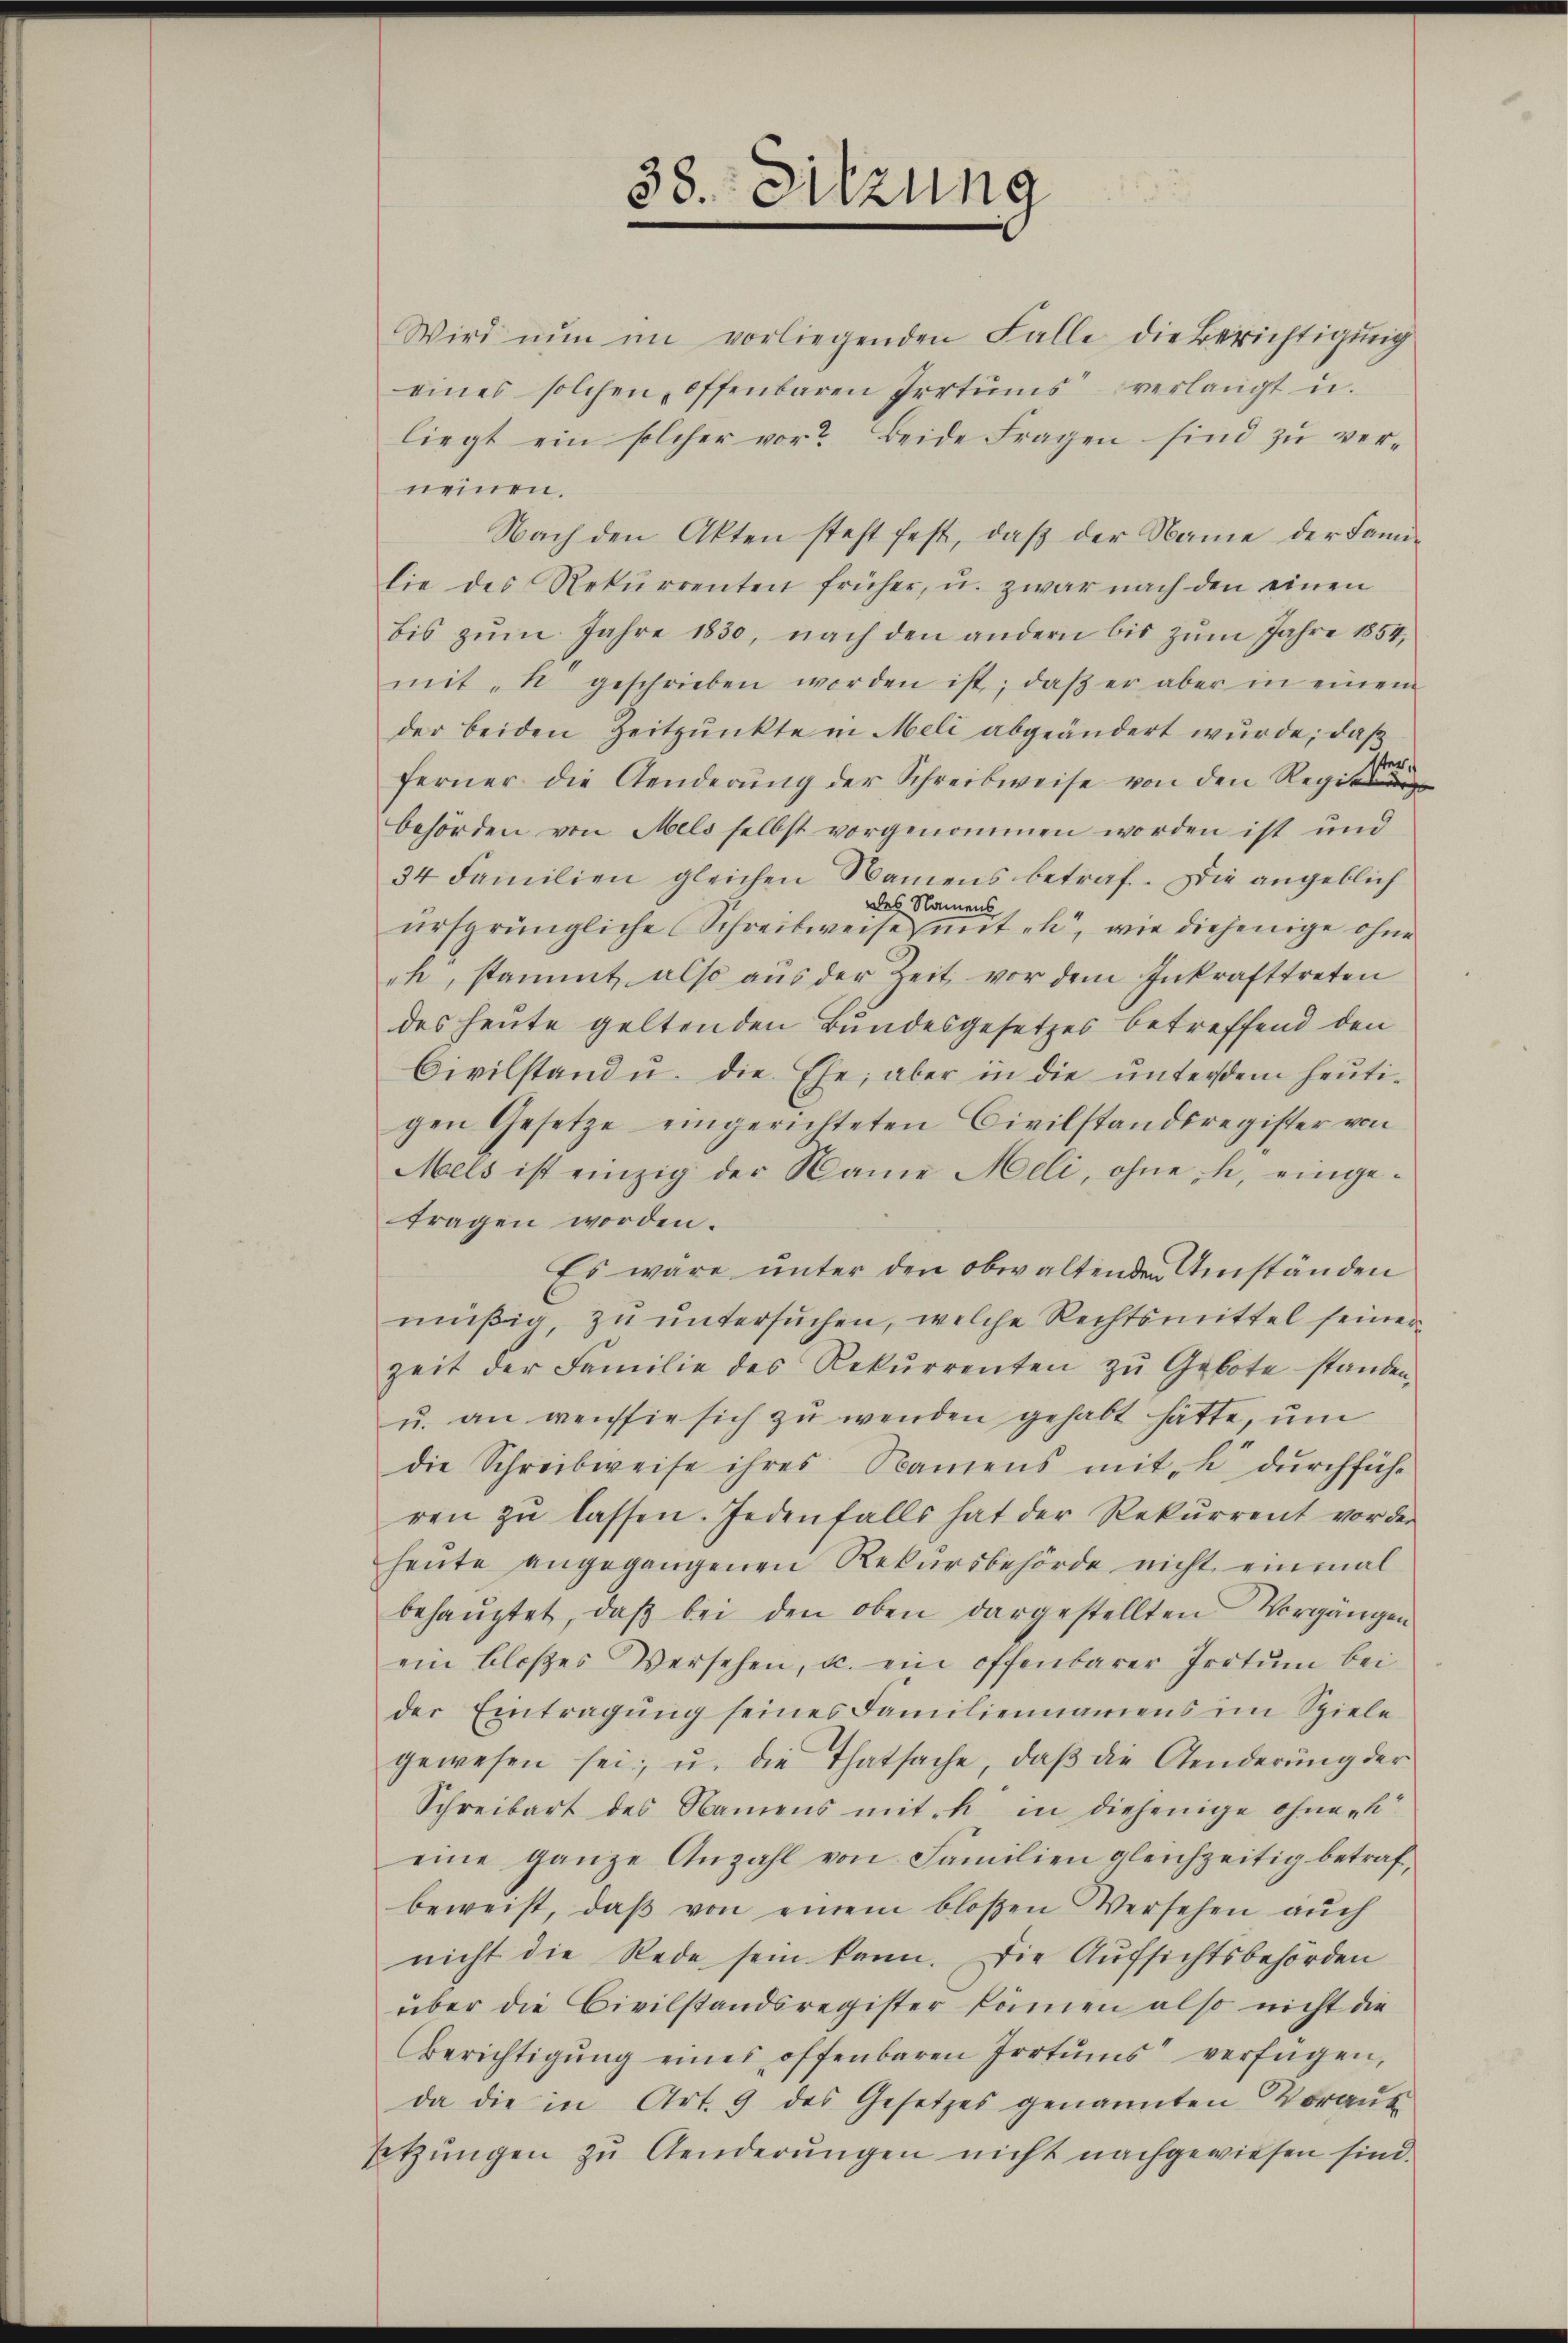
Wird nun im vorliegenden Falle die Berichtigŭng
eines solchen, offenbaren Irrtums verlangt u.
liegt ein solcher vor? Beide Fragen sind zŭ ver-
nennen.
Nach den Akten steht fest, daβ der Name der Fami-
lie des Rekurrenten früher, u. zwar nach den einen
bis zŭm Jahre 1830, nach den andern bis zŭm Jahre 1854,
mit " geschrieben worden ist, daβ er aber in einem
der beiden Zeitpunkte in Meli abgeändert wurde; daß
ferner die Aenderŭng der Schreibweise von den Regie
behörden von Mels selbst vorgenommen worden ist und
34 Familien gleichen Namens betraf. Die angeblich
des Namens
ursprüngliche Schreibweise mit eh, wie diejenige ohne
ch, stammt also aus der Zeit vor dem Inkrafttreten
des heute geltenden Bundesgesetzes betreffend den
Civilstand u. die Ehe; aber in die ŭnterdem heuti-
gen Gesetze eingerichteten Civilstandsregister von
Mels ist einzig der Name Meli, ohne h. eingetragen worden.
Es wäre unter den obwaltenden Umständen
müßig zu untersŭchen, welche Rechtsmittel seiner
zeit der Familie des Rekurrenten zŭ Gebote standen
u. an weissie sich zŭ wenden gehabt hätte, um
die Schreibweise ihres Namens mith durchführ
ren zŭ lassen. Jedenfalls hat der Rekŭrrent vor der
heŭte angegangenen Rekŭrsbehörde nicht einmal
behauptet, daβ bei den oben dargestellten Vorgängen
ein bloses Versehen, u. ein offenbarer Irrtŭm bei
der Eintragung seines Familiennamens im Spiele
gewesen sei, u. die Thatsache, daβ die Aenderŭng der
Schreibart des Namens mit in diejenige ohne k
eine ganze Anzahl von Familien gleichzeitig betraf,
beweist, daβ von einem bloßen Versehen aŭch
nicht die Rede sein kann. Die Aufsichtsbehörden
über die Civilstandsregister können also nicht die
Berichtigŭng eines offenbaren Irrtums verfügen,
da die in Art. 9 des Gesetzes genannten Voraus
setzungen zu Aenderŭngen nicht nachgewiesen sind.

38. Sitzung